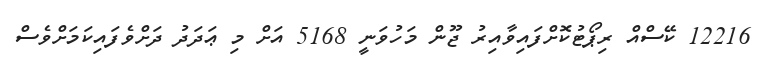
12216 ކޭސްއް ރިޕޯޓުކޮށްފައިވާއިރު ޖޫން މަހުވަނީ 5168 އަށް މި ޢަދަދު ދަށްވެފައިކަމަށްވެސް